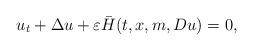
LaTeX: \begin{align*}u_{t}+\Delta u+\varepsilon \bar{H}(t,x,m,Du)=0,\end{align*}